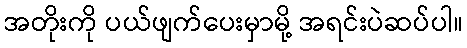
အတိုးကို ပယ်ဖျက်ပေးမှာမို့ အရင်းပဲဆပ်ပါ။